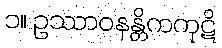
၁။ ဥဿာဝနန္တိကကုဋိ